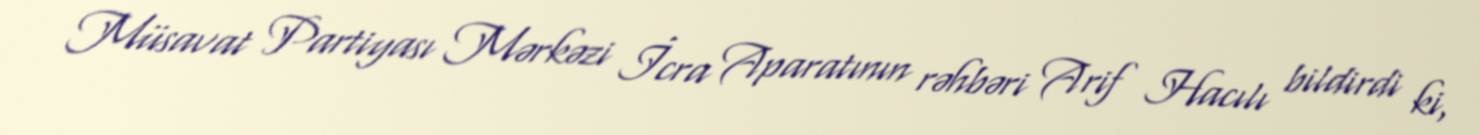
Müsavat Partiyası Mərkəzi İcra Aparatının rəhbəri Arif Hacılı bildirdi ki,